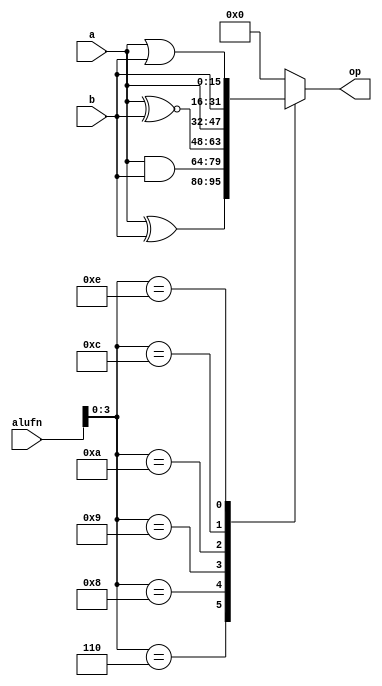
module bool16_16 (
    input [15:0] a,
    input [15:0] b,
    input [5:0] alufn,
    output reg [15:0] op
  );
  
  
  
  always @* begin
    
    case (alufn[0+3-:4])
      default: begin
        op = 1'h0;
      end
      4'h0: begin
        op = 1'h0;
      end
      4'h6: begin
        op = a ^ b;
      end
      4'h8: begin
        op = a & b;
      end
      4'h9: begin
        op = a ~^ b;
      end
      4'ha: begin
        op = a;
      end
      4'hc: begin
        op = b;
      end
      4'he: begin
        op = a | b;
      end
    endcase
  end
endmodule